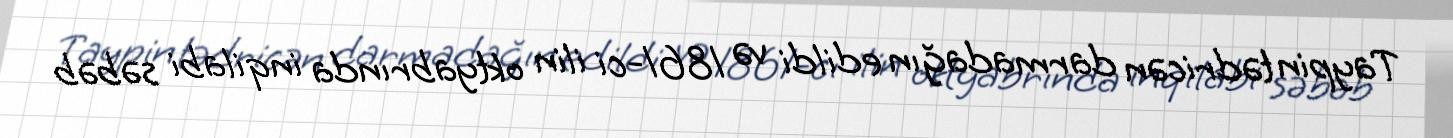
Taypin tədricən darmadağın edildi və 1861-ci ilin oktyabrında inqilabi səbəb